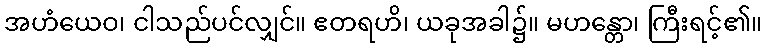
အဟံယေဝ၊ ငါသည်ပင်လျှင်။ ဧတရဟိ၊ ယခုအခါ၌။ မဟန္တော၊ ကြီးရင့်၏။